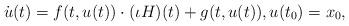
LaTeX: \begin{align*}\dot u (t) = f(t,u(t)) \cdot (\iota H) (t) + g(t,u(t)), u(t_0)=x_0,\end{align*}